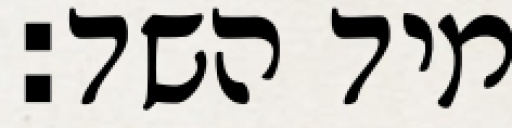
מיד השד: